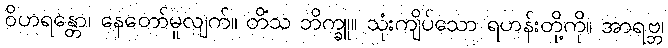
ဝိဟရန္တော၊ နေတော်မူလျက်။ တိံသ ဘိက္ခူ။ သုံးကျိပ်သော ရဟန်းတို့ကို။ အာရဗ္ဘ၊